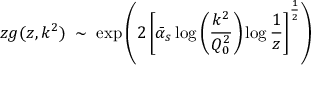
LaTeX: z g ( z , k ^ { 2 } ) \; \sim \; \exp \left( 2 \left[ \bar { \alpha } _ { s } \log \left( \frac { k ^ { 2 } } { Q _ { 0 } ^ { 2 } } \right) \log \frac { 1 } { z } \right] ^ { \frac { 1 } { 2 } } \right)